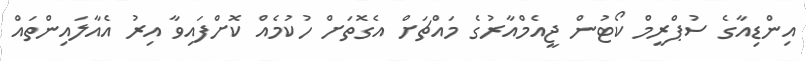
އިންޑިއާގެ ސުޕްރީމް ކޯޓުން ޖީއެމްއާރުގެ މައްޗަށް އެގޮތަށް ހުކުމެއް ކޮށްފައިވާ އިރު އެއާލައިންތައް